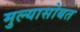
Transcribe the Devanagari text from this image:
मुल्यासोबत